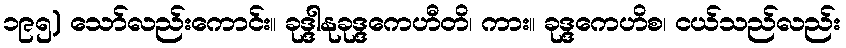
၁၉၅) သော်လည်းကောင်း။ ခုဒ္ဒါနုခုဒ္ဒကေဟီတိ၊ ကား။ ခုဒ္ဒကေဟိစ၊ ငယ်သည်လည်း